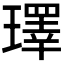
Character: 𪼢